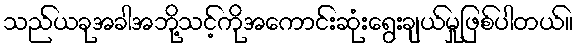
သည်ယခုအခါအဘို့သင့်ကိုအကောင်းဆုံးရွေးချယ်မှုဖြစ်ပါတယ်။